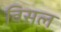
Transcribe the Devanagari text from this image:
विसल